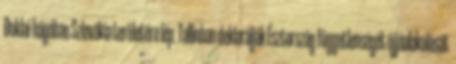
Duklai-hágóban Szlovákia területére lép. Tallinban deklarálják Észtország függetlenségét újjáalakulását